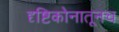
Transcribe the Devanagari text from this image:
दृष्टिकोनातूनच